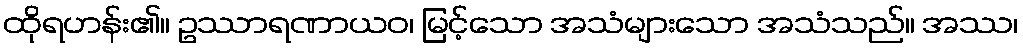
ထိုရဟန်း၏။ ဥဿာရဏာယဝ၊ မြင့်သော အသံများသော အသံသည်။ အဿ၊